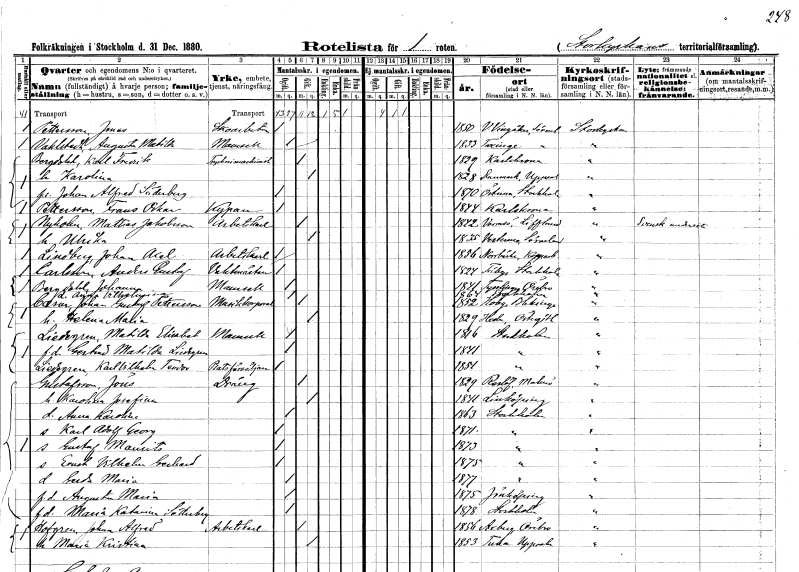
gt_parse: households: individuals: FN: Jonas
EN: Pettersson
YRKE: Skoarbetare
KON: M
CIV: O
FODAR: 1850
FODFORS: Västra Vingåker Södermanlands län
FN: Augusta Matilda
EN: Vahlstedt
KON: K
CIV: O
FODAR: 1833
FODFORS: Taxinge Stockholms län
FN: Karl Fredrik
EN: Bergdahl
YRKE: Tryckerimaskinist
KON: M
CIV: G
FODAR: 1829
FODFORS: Karlskrona Blekinge län
FN: Karolina
KON: K
CIV: G
FODAR: 1828
FODFORS: Danmark Uppsala län
FN: Johan Alfred
EN: Söderberg
KON: M
CIV: O
FODAR: 1870
FODFORS: Östuna Uppsala län
FN: Frans Oskar
EN: Pettersson
YRKE: Kypare
KON: M
CIV: O
FODAR: 1844
FODFORS: Karlskrona Blekinge län
FN: Mattias
EN: Nykoben Jakobsson
YRKE: Arbetskarl
KON: M
CIV: G
FODAR: 1842
FN: Ulrika
KON: K
CIV: G
FODAR: 1835
FODFORS: Västermo Södermanlands län
FN: Johan Axel
EN: Lindberg
YRKE: Arbetskarl
KON: M
CIV: O
FODAR: 1856
FODFORS: Norrbärke Kopparbergs län
FN: Anders Gustaf
EN: Carlsson
YRKE: Vaktmästare
KON: M
CIV: O
FODAR: 1824
FODFORS: Täby Stockholms län
FN: Johanna
EN: Bergdahl
KON: K
CIV: O
FODAR: 1841
FODFORS: Tysslinge Örebro län
FN: Anna Vilhelmina
KON: K
CIV: O
FODAR: 1864
FODFORS: Stockholm
FN: Caesar Johan Gustaf
EN: Pettersson
YRKE: Musikkorpral
KON: M
CIV: G
FODAR: 1852
FODFORS: Hoby Blekinge län
FN: Helena Maria
KON: K
CIV: G
FODAR: 1829
FODFORS: Heda Östergötlands län
FN: Matilda Elisabet
EN: Liedegren
KON: K
CIV: O
FODAR: 1816
FODFORS: Stockholm
FN: Gertrud Matilda
EN: Lindgren
KON: K
CIV: O
FODAR: 1841
FODFORS: Stockholm
FN: Karl Vilhelm Teodor
EN: Liedgren
YRKE: Platsförsäljare
KON: M
CIV: O
FODAR: 1851
FODFORS: Stockholm
FN: Jöns
EN: Gustafsson
YRKE: Dräng
KON: M
CIV: G
FODAR: 1829
FODFORS: Reslöv Malmöhus län
FN: Karolina Josefina
KON: K
CIV: G
FODAR: 1841
FODFORS: Linköping Östergötlands län
FN: Anna Karolina
KON: K
CIV: O
FODAR: 1863
FODFORS: Stockholm
FN: Karl Adolf Georg
KON: M
CIV: O
FODAR: 1871
FODFORS: Stockholm
FN: Gustaf Maurits
KON: M
CIV: O
FODAR: 1873
FODFORS: Stockholm
FN: Ernst Vilhelm Gerhard
KON: M
CIV: O
FODAR: 1875
FODFORS: Stockholm
FN: Gerda Maria
KON: K
CIV: O
FODAR: 1877
FODFORS: Stockholm
FN: Augusta Maria
KON: K
CIV: O
FODAR: 1875
FODFORS: Jönköping Jönköpings län
FN: Maria Katarina
EN: Sätterberg
KON: K
CIV: O
FODAR: 1878
FODFORS: Stockholm
FN: Johan Alfred
EN: Hofgren
YRKE: Arbetskarl
KON: M
CIV: G
FODAR: 1856
FODFORS: Axberg Örebro län
FN: Maria Kristina
KON: K
CIV: G
FODAR: 1853
FODFORS: Tuna Uppsala län